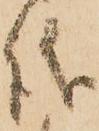
儀